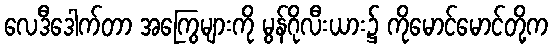
လေဒီဒေါက်တာ အကြွေများကို မွန်ဂိုလီးယား၌ ကိုမောင်မောင်တို့က